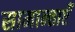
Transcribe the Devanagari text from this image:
सामान्ताएँ